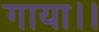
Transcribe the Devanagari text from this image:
गाया।।